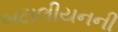
બટાલીયનની